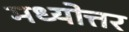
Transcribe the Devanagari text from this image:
मध्योत्तर